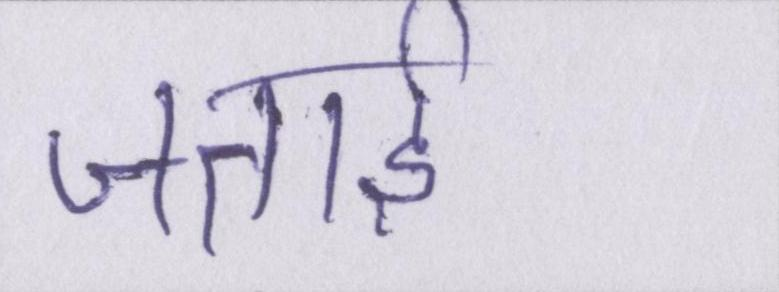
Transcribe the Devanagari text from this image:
जताई।